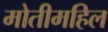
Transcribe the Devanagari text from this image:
मोतीमहिल